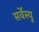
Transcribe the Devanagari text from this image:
सर्वेस्यु